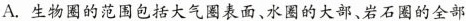
A.生物圈的范围包括大气圈表面、水圈的大部、岩石圈的全部